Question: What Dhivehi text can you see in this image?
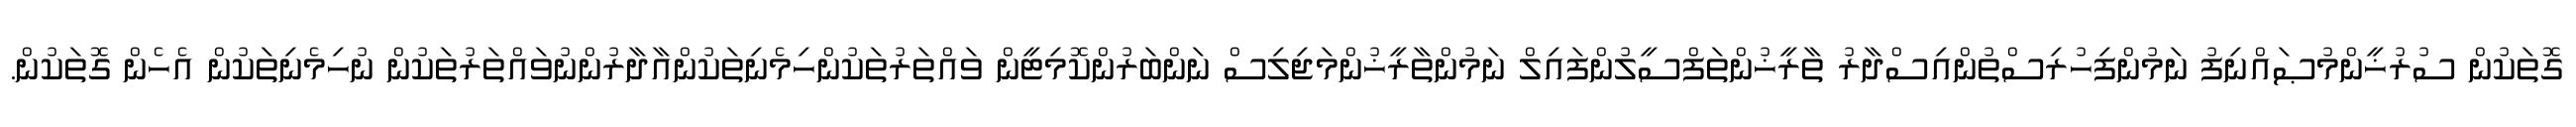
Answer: ގޮތަކުން ސުރުޚީންމުޞައްނިފު ނަމުންފިހުރިސްތުންއިސްދާރު ތާރީޚުންތަފްސީލުންފައިލް ނަމުންތާރީޚުންމަޖިލިސް ނަންބަރުންކޮމިޓީން ވައްތަރުތަކުންހިމެނިތަކުންއާދާރުންނުވައްތަރުތަކުން ނުހިމެނިތަކުން އެހެން ގޮތަކުން.